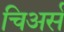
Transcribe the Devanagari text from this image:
चिअर्स